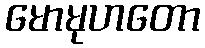
မောမုဟတော